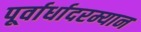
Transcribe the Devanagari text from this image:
पूर्वार्धादरम्यान